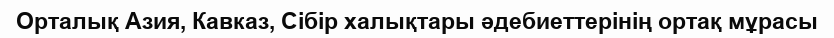
Орталық Азия, Кавказ, Сібір халықтары әдебиеттерінің ортақ мұрасы